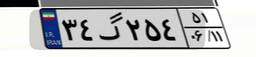
۳۴گ۲۵۴۵۱